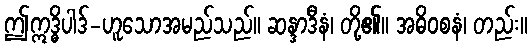
ဤဣဒ္ဓိပါဒ်-ဟူသောအမည်သည်။ ဆန္ဒာဒီနံ၊ တို့၏။ အဓိဝစနံ၊ တည်း။